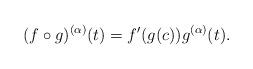
LaTeX: \begin{align*}(f\circ g)^{(\alpha)}(t)=f'(g(c))g^{(\alpha)}(t).\end{align*}